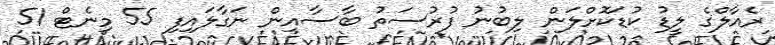
ރެއާލްގެ ލީޑު ކުޑަކޮށްލަން ލިބުނު ފުރުސަތު ބާސާއިން ނަގާލައިފި 55 މިނެޓް 51